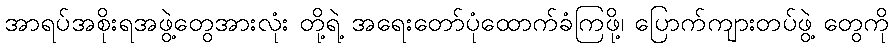
အာရပ်အစိုးရအဖွဲ့တွေအားလုံး တို့ရဲ့ အရေးတော်ပုံထောက်ခံကြဖို့၊ ပြောက်ကျားတပ်ဖွဲ့ တွေကို